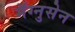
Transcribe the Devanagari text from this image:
मॅग्नुसेन